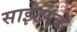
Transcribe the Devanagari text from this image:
साईटमुळे